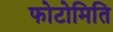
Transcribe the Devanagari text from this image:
फोटोमिति